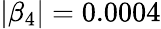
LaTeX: |\beta_{4}|=0.0004